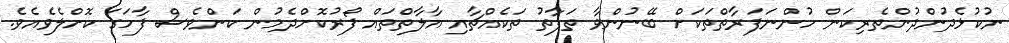
ނުކުޅެދުންދުންތެރިކަން ހުންނަފަރާތްތަކަށް ބޭނުންވާ ތަފާތު ތަކެއްޗާއި އާލާތްތައް ފޯރުކޮށްދެމުން ކަންވެސް ފާހަގަ ކޮށްލެވެއެވެ.